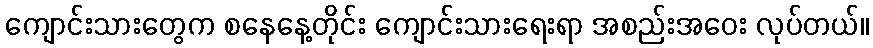
ကျောင်းသားတွေက စနေနေ့တိုင်း ကျောင်းသားရေးရာ အစည်းအဝေး လုပ်တယ်။